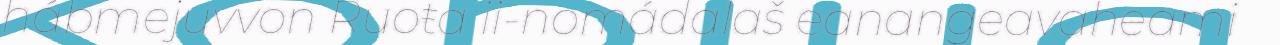
hábmejuvvon Ruoŧa ii-nomádalaš eanangeavaheami